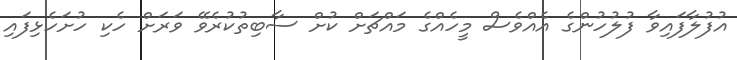
އުފުލާފައިވާ ފުލުހުންގެ އެއްވެސް މީހެއްގެ މައްޗަށް ކުށް ސާބިތުކުރެވޭ ވަރަށް ހެކި ހުށަހެޅިފައި